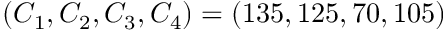
( C _ { 1 } , C _ { 2 } , C _ { 3 } , C _ { 4 } ) = ( 1 3 5 , 1 2 5 , 7 0 , 1 0 5 )